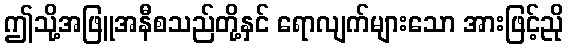
ဤသို့အဖြူအနီစသည်တို့နှင် ရောလျက်များသော အားဖြင့်ညို